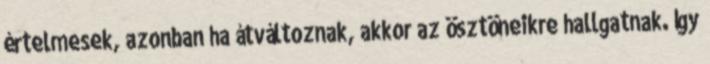
értelmesek, azonban ha átváltoznak, akkor az ösztöneikre hallgatnak. Így